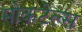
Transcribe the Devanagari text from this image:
मोकटेल्स